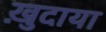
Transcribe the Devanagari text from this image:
ख़ु़दाया